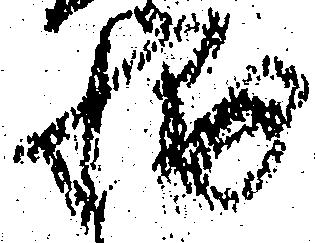
輔